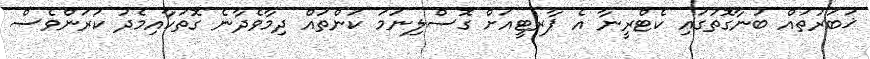
ޚަބަރުތައް ބުނާގޮތުގައި ކެޓްރީނާ އެ ޕާރޓީއަށް ގޮސްލިނަމަ ކަންތައް ދިމާވެދާނެ ގޮތަކާއިމެދު ކަރަންވެސް